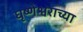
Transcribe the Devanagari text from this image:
घृष्णेश्वराच्या